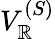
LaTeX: V_{\mathbb{R}}^{(S)}